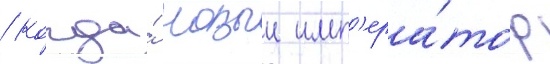
/ когда́ новыи имп'ера́тор